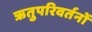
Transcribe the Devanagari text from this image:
ऋतुपरिवर्तनों